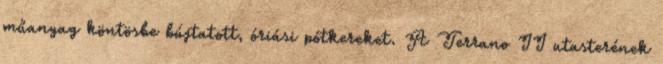
műanyag köntösbe bújtatott, óriási pótkereket. A Terrano II utasterének